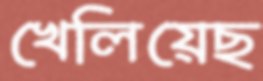
খেলিয়েছ